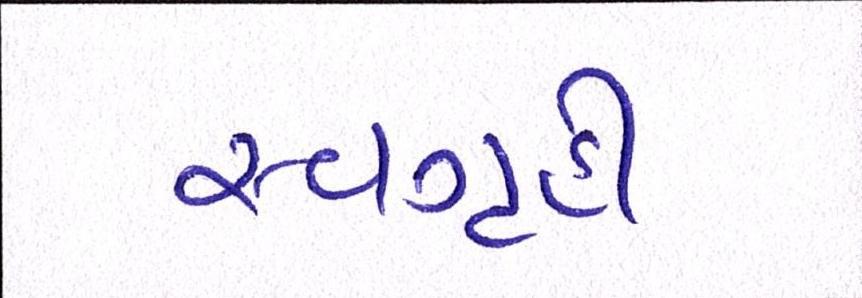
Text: સ્વગૃહી